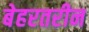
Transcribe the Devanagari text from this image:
बेहरतरीन